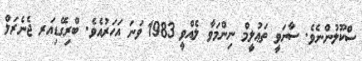
ސްކޫލުންނެވެ. ސާނަވީ ތަޢުލީމް ނިންމަވާ ލެއްވީ 1983 ވަނަ އަހަރުއެވެ. ބްރިގޭޑިއަރ ޖެނެރަލް